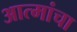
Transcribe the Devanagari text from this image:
आत्मांचा